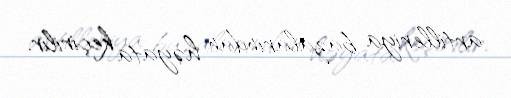
artilleriya bazalarından həyata keçirilir.